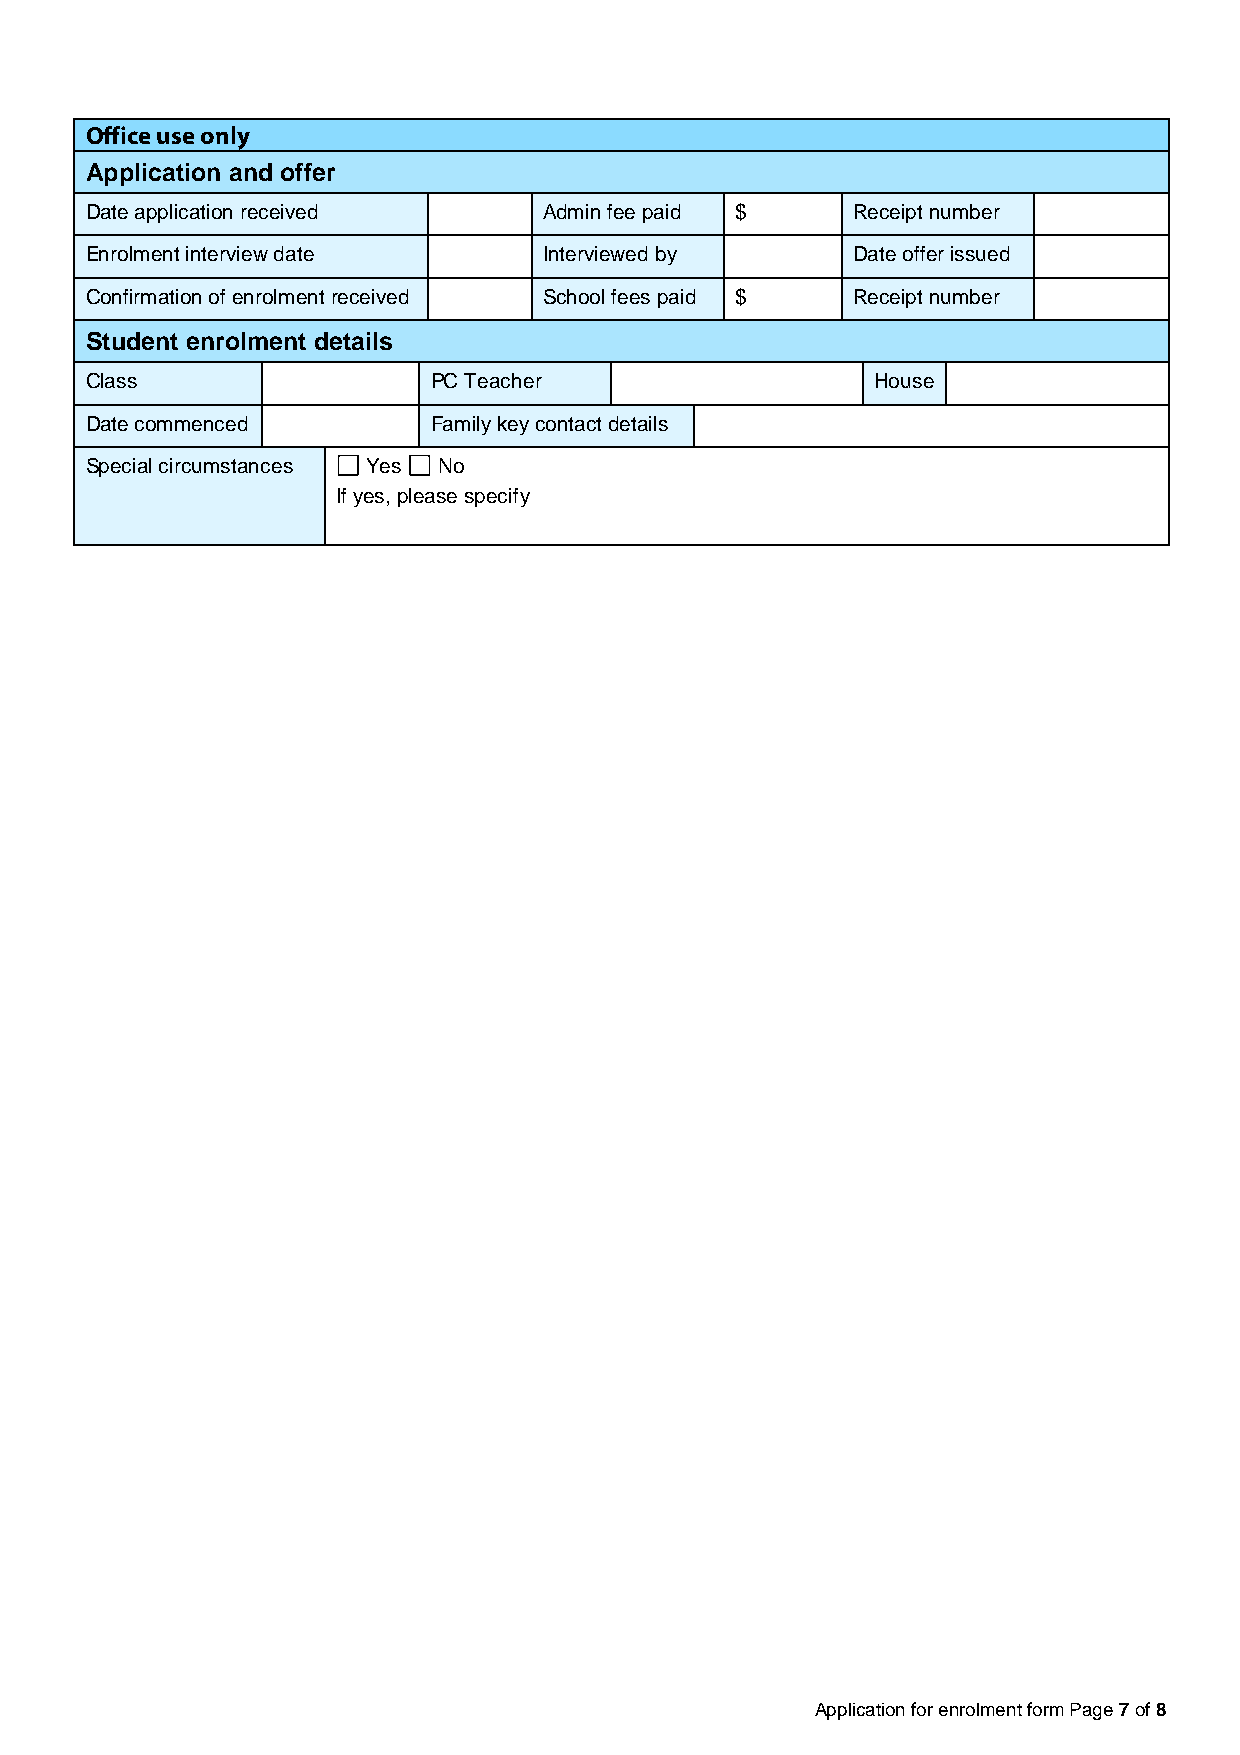
Office use only
 Application and offer
 Date application received     Admin fee paid $    Receipt number
 Enrolment interview date      Interviewed by      Date offer issued
 Confirmation of enrolment received School fees paid $ Receipt number
 Student enrolment details
 Class                  PC Teacher                   House
 Date commenced         Family key contact details
 Special circumstances Yes No
 If yes, please specify
 Application for enrolment form Page 7 of 8